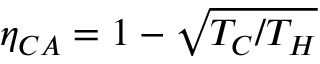
\eta _ { C A } = 1 - \sqrt { T _ { C } / T _ { H } }